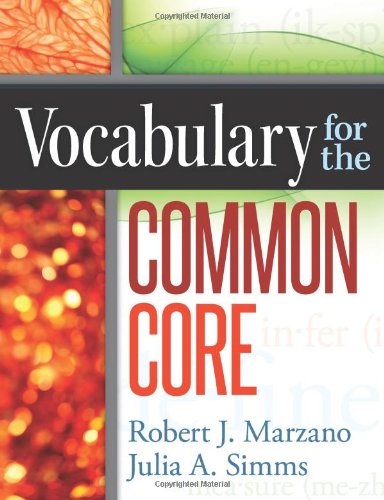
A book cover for Vocabulary for the Common Core; Robert J. Marzano; Education & Teaching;